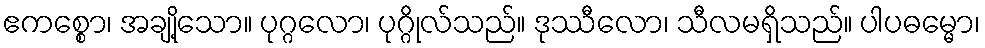
ဧကစ္စော၊ အချို့သော။ ပုဂ္ဂလော၊ ပုဂ္ဂိုလ်သည်။ ဒုဿီလော၊ သီလမရှိသည်။ ပါပဓမ္မော၊